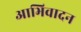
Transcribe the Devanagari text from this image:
आभिवादन